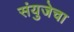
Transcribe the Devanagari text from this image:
संयुजेचा